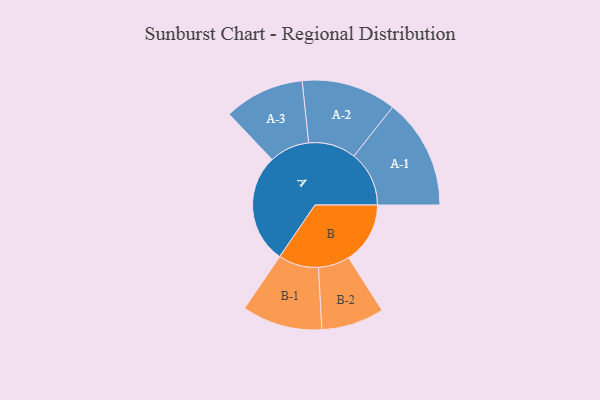
{"axis": {"x": "Segment", "y": "Value"}, "legend": ["", "A", "B"], "data": [{"x": "A", "y": 450, "type": ""}, {"x": "B", "y": 253, "type": ""}, {"x": "A-1", "y": 227, "type": "A"}, {"x": "A-2", "y": 195, "type": "A"}, {"x": "A-3", "y": 165, "type": "A"}, {"x": "B-1", "y": 165, "type": "B"}, {"x": "B-2", "y": 129, "type": "B"}]}